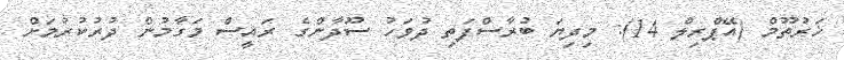
ޚަރުތޫމް (އޭޕްރިލް 14): މިދިޔަ ބުރާސްފަތި ދުވަހު ސޫދާންގެ ރައީސް މަގާމުން ދުރުކުރުމަށް